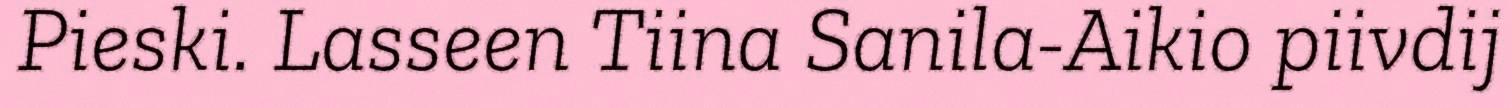
Pieski. Lasseen Tiina Sanila-Aikio piivdij